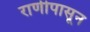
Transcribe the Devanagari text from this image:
राणीपासून